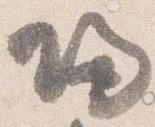
帰